Indian journal of veterinary science and animal husbandry - Volume 12,
Year: 1942
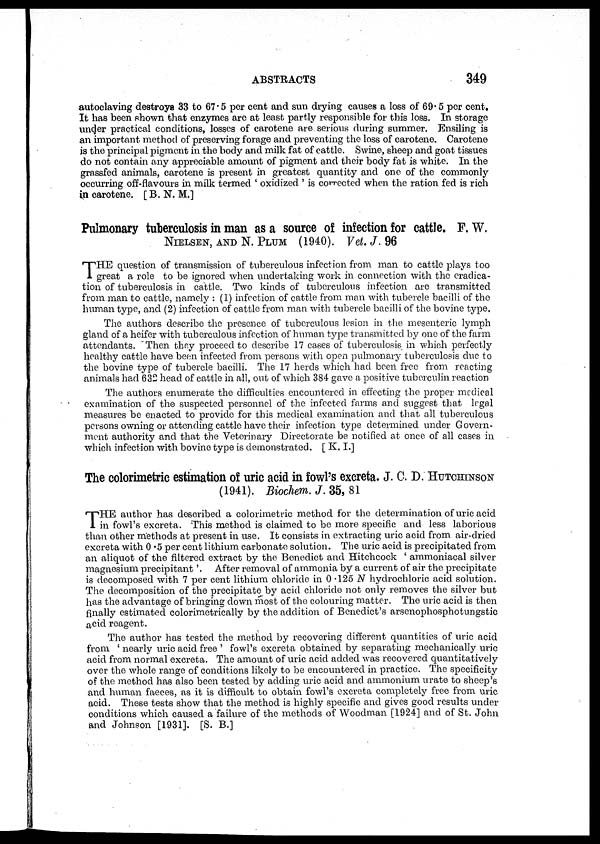
ABSTRACTS
349
autoclaving destroys 33 to 67.5 per cent and sun drying causes a loss of 69.5 per cent.
It has been shown that enzymes are at least partly responsible for this loss. In storage
under practical conditions, losses of carotene are serious during summer. Ensiling is
an important method of preserving forage and preventing the loss of carotene. Carotene
is the principal pigment in the body and milk fat of cattle. Swine, sheep and goat tissues
do not contain any appreciable amount of pigment and their body fat is white. In the
grassfed animals, carotene is present in greatest quantity and one of the commonly
occurring off-flavours in milk termed ' oxidized ' is corrected when the ration fed is rich
in carotene. [ B. N. M.]
Pulmonary tuberculosis in man as a source of infection for cattle. F. W.
NIELSEN, AND N. PLUM (1940). Vet. J. 96
T HE question of transmission of tuberculous infection from man to cattle plays too
great a role to be ignored when undertaking work in connection with the eradica-
tion of tuberculosis in cattle. Two kinds of tuberculous infection are transmitted
from man to cattle, namely : (1) infection of cattle from man with tubercle bacilli of the
human type, and (2) infection of cattle from man with tubercle bacilli of the bovine type.
The authors describe the presence of tuberculous lesion in the mesenteric lymph
gland of a heifer with tuberculous infection of human type transmitted by one of the farm
attendants. Then they proceed to describe 17 cases of tuberculosis in which perfectly
healthy cattle have been infected from persons with open pulmonary tuberculosis due to
the bovine type of tubercle bacilli. The 17 herds which had been free from reacting
animals had 632 head of cattle in all, out of which 384 gave a positive tuberculin reaction
The authors enumerate the difficulties encountered in effecting the proper medical
examination of the suspected personnel of the infected farms and suggest that legal
measures be enacted to provide for this medical examination and that all tuberculous
persons owning or attending cattle have their infection type determined under Govern-
ment authority and that the Veterinary Directorate be notified at once of all cases in
which infection with bovine type is demonstrated. [ K. I.]
The colorimetric estimation of uric acid in fowl's excreta. J. C. D. HUTCHINSON
(1941). Biochem. J. 35, 81
T HE author has described a colorimetric method for the determination of uric acid
in fowl's excreta. This method is claimed to be more specific and less laborious
than other methods at present in use. It consists in extracting uric acid from air-dried
excreta with 0.5 per cent lithium carbonate solution. The uric acid is precipitated from
an aliquot of the filtered extract by the Benedict and Hitchcock ' ammoniacal silver
magnesium precipitant'. After removal of ammonia by a current of air the precipitate
is decomposed with 7 per cent lithium chloride in 0.125 N hydrochloric acid solution.
The decomposition of the precipitate by acid chloride not only removes the silver but
has the advantage of bringing down most of the colouring matter. The uric acid is then
finally estimated colorimetrically by the addition of Benedict's arsenophosphotungstic
acid reagent.
The author has tested the method by recovering different quantities of uric acid
from ' nearly uric acid free ' fowl's excreta obtained by separating mechanically uric
acid from normal excreta. The amount of uric acid added was recovered quantitatively
over the whole range of conditions likely to be encountered in practice. The specificity
of the method has also been tested by adding uric acid and. ammonium urate to sheep's
and human faeces, as it is difficult to obtain fowl's excreta completely free from uric
acid. These tests show that the method is highly specific and gives good results under
conditions which caused a failure of the methods of Woodman [1924] and of St. John
and Johnson [1931]. [S. B.]